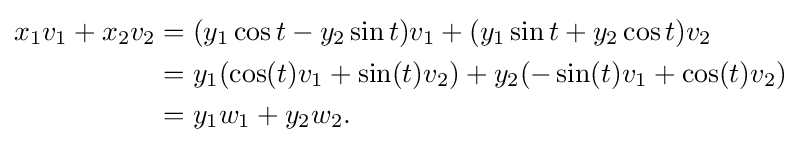
{\begin{aligned}x_{1}v_{1}+x_{2}v_{2}&=(y_{1}\cos t-y_{2}\sin t)v_{1}+(y_{1}\sin t+y_{2}\cos t)v_{2}\\&=y_{1}(\cos(t)v_{1}+\sin(t)v_{2})+y_{2}(-\sin(t)v_{1}+\cos(t)v_{2})\\&=y_{1}w_{1}+y_{2}w_{2}.\end{aligned}}